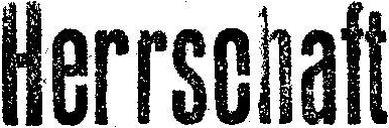
Herrschaft